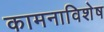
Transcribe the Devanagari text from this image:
कामनाविशेष